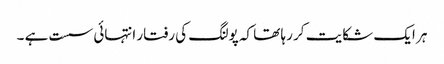
ہر ایک شکایت کر رہا تھا کہ پولنگ کی رفتار انتہائی سست ہے ۔